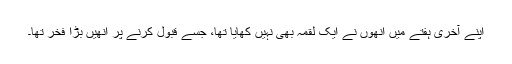
اپنے آخری ہفتے میں انھوں نے ایک لقمہ بھی نہیں کھایا تھا، جسے قبول کرنے پر انھیں بڑا فخر تھا۔